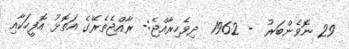
29 ނޮވެންބަރު  - 1962  ދިވެހިރާއްޖެ:- ރާއްޖެތެރޭގެ އަތޮޅު އޮފީހަކާއި